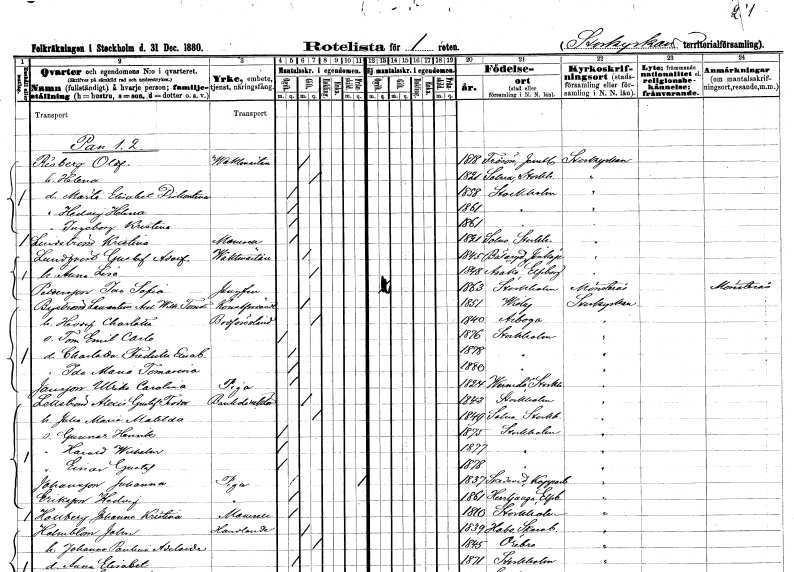
gt_parse: households: individuals: FN: Olof
EN: Risberg
YRKE: Vaktmästare
KON: M
CIV: G
FODAR: 1818
FODFORS: Frösö Jämtlands län
FN: Helena
KON: K
CIV: G
FODAR: 1821
FODFORS: Solna Stockholms län
FN: Märta Elisabet Diskontia
KON: K
CIV: O
FODAR: 1858
FODFORS: Stockholm
FN: Hedvig Helena
KON: K
CIV: O
FODAR: 1861
FODFORS: Stockholm
FN: Ingeborg Kristina
KON: K
CIV: O
FODAR: 1861
FODFORS: Stockholm
FN: Kristina
EN: Lindström
KON: K
CIV: O
FODAR: 1821
FODFORS: Solna Stockholms län
FN: Gustaf Adolf
EN: Lundqvist
YRKE: Vaktmästare
KON: M
CIV: G
FODAR: 1845
FODFORS: Bälaryd Jönköpings län
FN: Anna Lisa
KON: K
CIV: G
FODAR: 1848
FODFORS: Åsaka Älvsborgs län
FN: Ida Sofia
EN: Pettersson
YRKE: Jungfru
KON: K
CIV: O
FODAR: 1863
FODFORS: Stockholm
FN: Layrentius Axel Wilhelm Tomas
EN: Byström
YRKE: Konstförvandt
KON: M
CIV: G
FODAR: 1851
FODFORS: Visby Gotlands län
FN: Hedvig Charlotta
YRKE: Bodföreståndarinna
KON: K
CIV: G
FODAR: 1840
FODFORS: Arboga Västmanlands län
FN: Tom Emil Carlo
KON: M
CIV: O
FODAR: 1876
FODFORS: Stockholm
FN: Charlotta Fredrika Elisabet
KON: K
CIV: O
FODAR: 1878
FODFORS: Stockholm
FN: Ida Maria Tomasina
KON: K
CIV: O
FODAR: 1880
FODFORS: Stockholm
FN: Ulrika Carolina
EN: Jansson
YRKE: Piga
KON: K
CIV: O
FODAR: 1824
FODFORS: Värmdö Stockholms län
FN: Alexis Gustaf Theodor
EN: Lettström
YRKE: Bankdirektör
KON: M
CIV: G
FODAR: 1843
FODFORS: Stockholm
FN: Julia Maria Matilda
KON: K
CIV: G
FODAR: 1849
FODFORS: Solna Stockholms län
FN: Gunnar Henrik
KON: M
CIV: O
FODAR: 1875
FODFORS: Stockholm
FN: Harald Wilhelm
KON: M
CIV: O
FODAR: 1877
FODFORS: Stockholm
FN: Einar Gustaf
KON: M
CIV: O
FODAR: 1878
FODFORS: Stockholm
FN: Johanna
EN: Johansson
YRKE: Piga
KON: K
CIV: O
FODAR: 1837
FODFORS: Stora Skedvi Kopparbergs län
FN: Hedvig
EN: Eriksson
YRKE: Piga
KON: K
CIV: O
FODAR: 1861
FODFORS: Herrljunga Älvsborgs län
FN: Johanna Kristina
EN: Hallberg
KON: K
CIV: O
FODAR: 1810
FODFORS: Stockholm